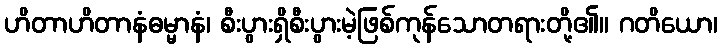
ဟိတာဟိတာနံဓမ္မာနံ၊ စီးပွားရှိစီးပွားမဲ့ဖြစ်ကုန်သောတရားတို့၏။ ဂတိယော၊